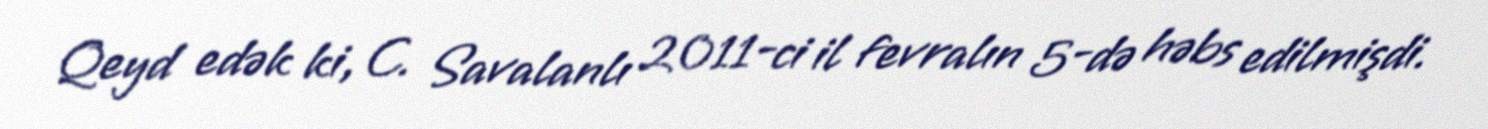
Qeyd edək ki, C. Savalanlı 2011-ci il fevralın 5-də həbs edilmişdi.